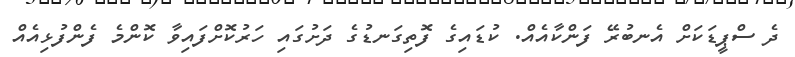
ދެ ސްޕީޑަކަށް އެނބުރޭ ފަންކާއެއް. ކުޑައިގެ ފޮތިގަނޑުގެ ދަށުގައި ހަރުުކޮށްފައިވާ ކޮންމެ ފެންފުޅިއެއް